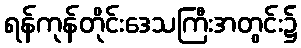
ရန်ကုန်တိုင်းဒေသကြီးအတွင်း၌